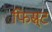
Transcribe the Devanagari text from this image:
फिस्र्ट